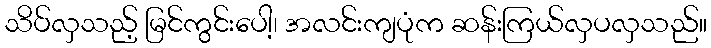
သိပ်လှသည့် မြင်ကွင်းပေါ့၊ အလင်းကျပုံက ဆန်းကြယ်လှပလှသည်။